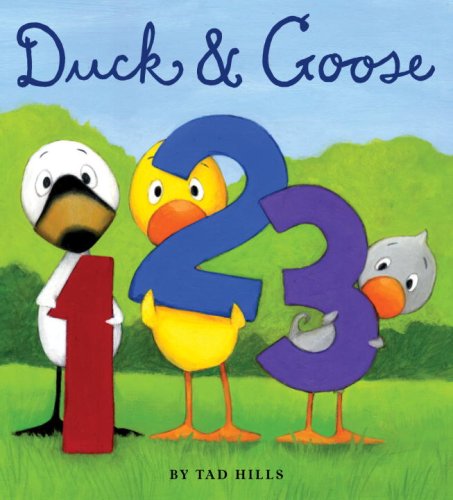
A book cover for Duck & Goose, 1, 2, 3; Tad Hills; Christian Books & Bibles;